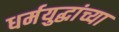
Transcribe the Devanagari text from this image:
धर्मयुद्धांच्या